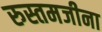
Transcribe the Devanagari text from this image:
रुस्तमजीना